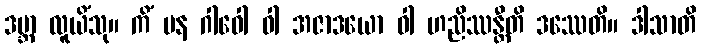
ဒဗ္ဘာ လူယိံသု။ ကိံ ပန ဂါဝေါ ဝါ အဇာဒယော ဝါ ဟညိဿန္တီတိ ဒဿေတိ။ ဒါသာတိ